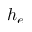
h _ { e }